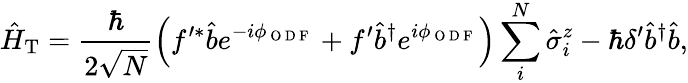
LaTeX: \hat{H}_{\mathrm{T}}=\frac{\hbar}{2\sqrt{N}}\left(f^{\prime\ast}\hat{b}e^{-i\phi_{\mathrm{~O~D~F~}}}+f^{\prime}\hat{b}^{\dagger}e^{i\phi_{\mathrm{~O~D~F~}}}\right)\sum_{i}^{N}\hat{\sigma}_{i}^{z}-\hbar\delta^{\prime}\hat{b}^{\dagger}\hat{b},